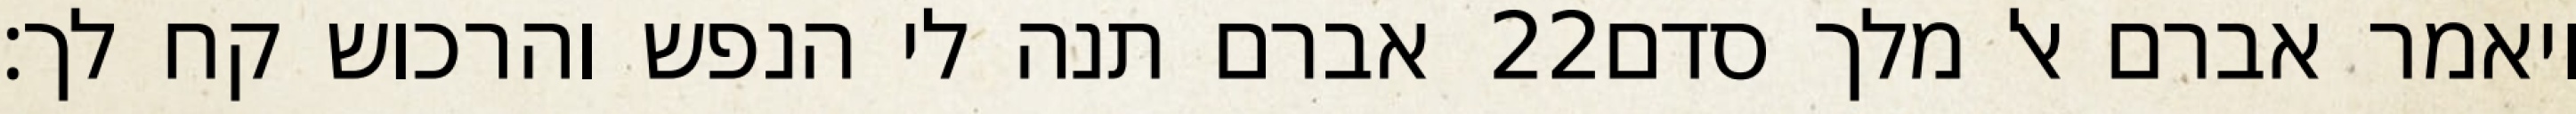
אברם תנה לי הנפש והרכוש קח לך׃ ‎22‏ ויאמר אברם אל מלך סדם